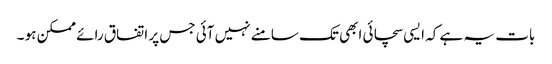
بات یہ ہے کہ ایسی سچائی ابھی تک سامنے نہیں آئی جس پر اتفاق رائے ممکن ہو ۔